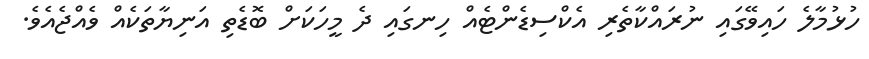
ހުޅުމާލެ ހައިވޭގައި ނުރައްކާތެރި އެކްސިޑެންޓެއް ހިނގައި ދެ މީހަކަށް ބޮޑެތި އަނިޔާތަކެއް ވެއްޖެއެވެ.